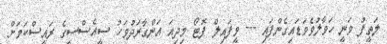
ލަތީފު ވަނީ ހަވާލުވެވަޑައިގެންފައި --- ވީފައިލް ފޮޓޯ މިދިއަ އަންގާރަދުވަހު ސީއެސްސީގެ ރައީސްކަމަށް